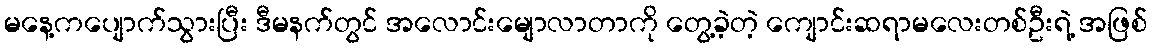
မနေ့ကပျောက်သွားပြီး ဒီမနက်တွင် အလောင်းမျောလာတာကို တွေ့ခဲ့တဲ့ ကျောင်းဆရာမလေးတစ်ဦးရဲ့ အဖြစ်